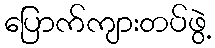
ပြောက်ကျားတပ်ဖွဲ့